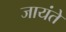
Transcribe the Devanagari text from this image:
जायंते